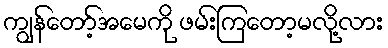
ကျွန်တော့်အမေကို ဖမ်းကြတော့မလို့လား